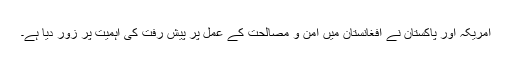
امریکہ اور پاکستان نے افغانستان میں امن و مصالحت کے عمل پر پیش رفت کی اہمیت پر زور دیا ہے۔